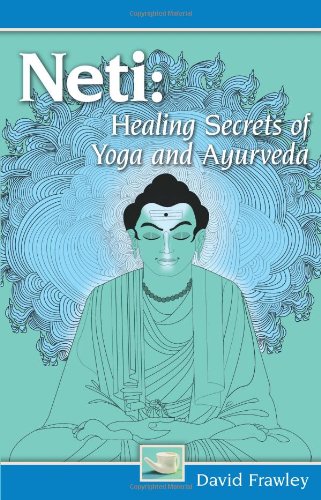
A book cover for Neti: Healing Secrets of Yoga and Ayurveda; David Frawley; Health, Fitness & Dieting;